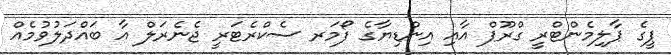
ޕީގެ ޕާލިމެންޓްރީ ގްރޫޕް އާއި އިންޑިޔާގެ ފޯމަރ ސެކްރެޓަރީ ޖެނެރަލް އާ ބައްދަލުވުމެއް